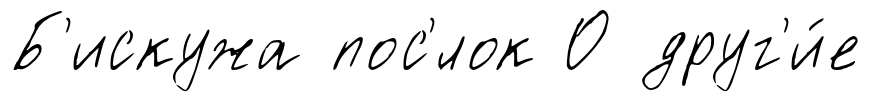
Б'искужа пос'́лок О друг'и́е